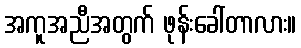
အကူအညီအတွက် ဖုန်းခေါ်တာလား။